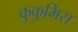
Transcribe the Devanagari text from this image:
कुकुमिस